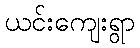
ယင်းကျေးရွာ